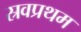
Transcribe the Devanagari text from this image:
स्रवप्रथम